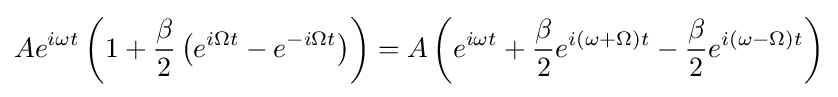
Ae^{i\omega t}\left(1+{\frac {\beta }{2}}\left(e^{i\Omega t}-e^{-i\Omega t}\right)\right)=A\left(e^{i\omega t}+{\frac {\beta }{2}}e^{i(\omega +\Omega )t}-{\frac {\beta }{2}}e^{i(\omega -\Omega )t}\right)